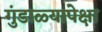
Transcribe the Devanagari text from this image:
गुंडाळ्यापेक्षा